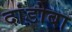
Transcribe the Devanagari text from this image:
दांडोबा